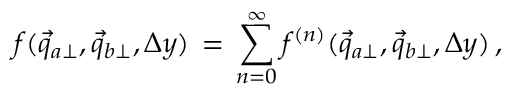
f ( \vec { q } _ { a \perp } , \vec { q } _ { b \perp } , \Delta y ) \, = \, \sum _ { n = 0 } ^ { \infty } f ^ { ( n ) } ( \vec { q } _ { a \perp } , \vec { q } _ { b \perp } , \Delta y ) \, ,